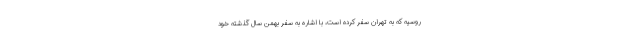
روسیه که به تهران سفر کرده است، با اشاره به سفر بهمن سال گذشته خود